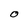
Character: O